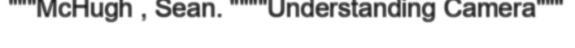
"""McHugh , Sean. """"Understanding Camera"""